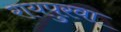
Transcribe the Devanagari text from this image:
रायपुरवा